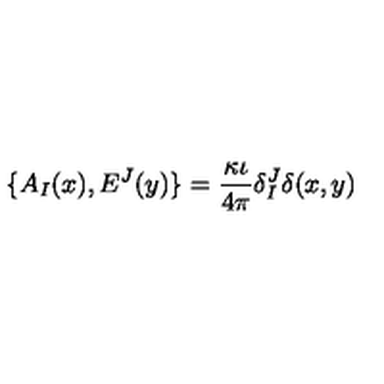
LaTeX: \{ A _ { I } ( x ) , E ^ { J } ( y ) \} = \frac { \kappa \iota } { 4 \pi } \delta _ { I } ^ { J } \delta ( x , y )